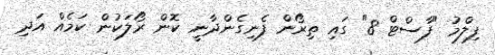
ފިލްމު "ފާސްޓް 8" ގައި ތިރޯން ފެނިގެންދާނީ ކޮން ރޯލަކުން ކަމެއް އަދި